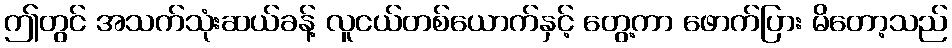
ဤတွင် အသက်သုံးဆယ်ခန့် လူငယ်တစ်ယောက်နှင့် တွေ့ကာ ဖောက်ပြား မိတော့သည်